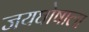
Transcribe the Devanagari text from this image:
जयघोषाला